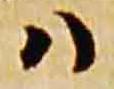
ハ